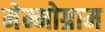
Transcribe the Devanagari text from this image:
मेम्मोग्राम